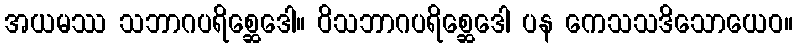
အယမဿ သဘာဂပရိစ္ဆေဒေါ။ ဝိသဘာဂပရိစ္ဆေဒေါ ပန ကေသသဒိသောယေဝ။